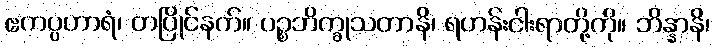
ဧကပ္ပဟာရံ၊ တပြိုင်နက်။ ပဉ္စဘိက္ခုသတာနိ၊ ရဟန်းငါးရာတို့ကို။ ဘိန္နာနိ၊